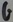
Text: G